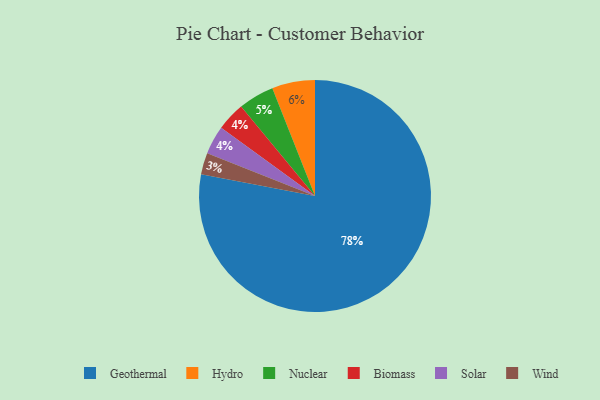
{"axis": {"x": "Category", "y": "Percentage"}, "legend": ["Biomass", "Geothermal", "Hydro", "Nuclear", "Solar", "Wind"], "data": [{"x": "Nuclear", "y": 5, "type": "Nuclear"}, {"x": "Biomass", "y": 4, "type": "Biomass"}, {"x": "Geothermal", "y": 78, "type": "Geothermal"}, {"x": "Solar", "y": 4, "type": "Solar"}, {"x": "Wind", "y": 3, "type": "Wind"}, {"x": "Hydro", "y": 6, "type": "Hydro"}]}